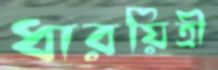
ধারয়িত্রী